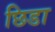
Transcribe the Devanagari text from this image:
छिडा